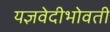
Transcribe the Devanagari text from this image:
यज्ञवेदीभोवती